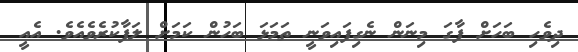
ދިވެހި ބަހަށް ފާގަ މިނަން ނެގިފައިވަނީ ތަމަޅަ ބަހުން ކަމަށް ލަފާކުރެވެއެވެ. އެއީ